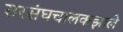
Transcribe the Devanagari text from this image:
सरसंघचालकझाले